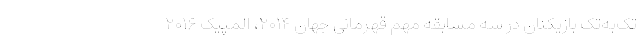
تک‌به‌تک بازیکنان در سه مسابقه مهم قهرمانی جهان ۲۰۱۴، المپیک ۲۰۱۶